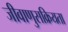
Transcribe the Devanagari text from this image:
जीवाणुसक्रियता